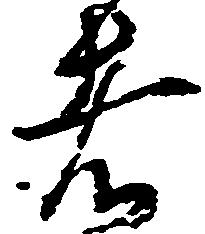
は